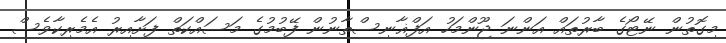
މިގޮތުން ނޭޓޯގެ ބާރުތައް އަންނަ ޖޫންމަހު އަފްޣާނިސްތާނުން ފޭބުމުގެ މަސައްކަތް ފަށާއިރު އެމެރިކާވެސް